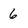
Character: 6